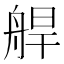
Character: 𦩅